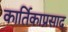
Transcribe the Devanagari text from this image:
कार्तिकाप्रसाद